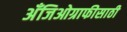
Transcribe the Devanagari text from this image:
अँजिओग्राफीसाठी